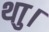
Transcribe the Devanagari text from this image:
थाु।